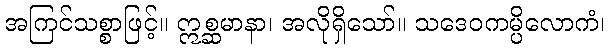
အကြင်သစ္စာဖြင့်။ ဣစ္ဆမာနာ၊ အလိုရှိသော်။ သဒေဝကမ္ပိလောကံ၊